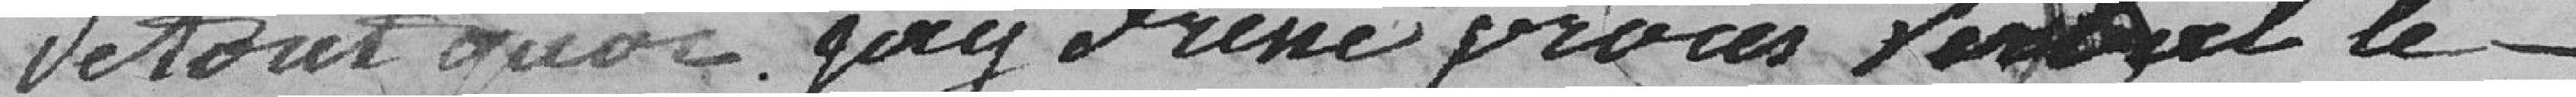
Vetout quoi ait dressé procès Verbal le